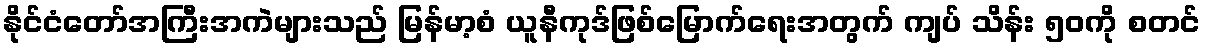
နိုင်ငံတော်အကြီးအကဲများသည် မြန်မာ့စံ ယူနီကုဒ်ဖြစ်မြောက်ရေးအတွက် ကျပ် သိန်း ၅၀ကို စတင်